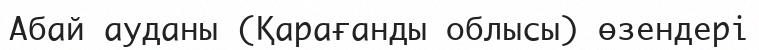
Абай ауданы (Қарағанды облысы) өзендері